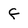
Character: f